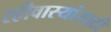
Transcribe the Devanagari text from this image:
रहीवास्यांसाठी